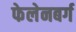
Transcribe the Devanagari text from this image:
फेलेनबर्ग